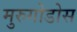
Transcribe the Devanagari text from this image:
मुरुगोडोस